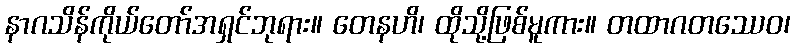
နာဂသိန်ကိုယ်တော်အရှင်ဘုရား။ တေနဟိ၊ ထိုသို့ဖြစ်မူကား။ တထာဂတဿေဝ၊